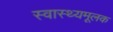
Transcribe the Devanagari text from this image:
स्वास्थ्यमूलक